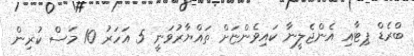
ބްރެޑް ޕިޓާއި އެންޖެލީނާ ކައިވެންޏަށް ތައްޔާރުވަނީ 5 އަހަރު 10 މަސް ކުރިން